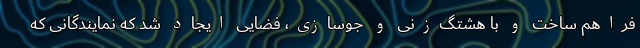
فراهم ساخت و با هشتگ‌زنی و جوسازی، فضایی ایجاد شد که نمایندگانی که